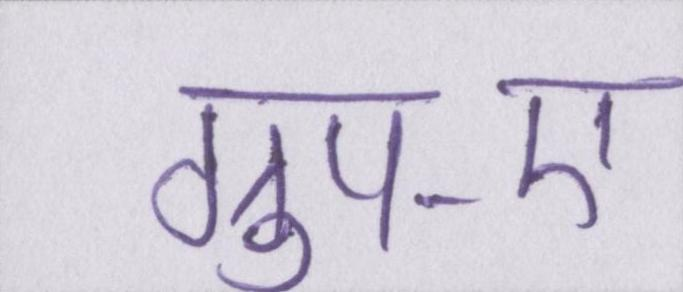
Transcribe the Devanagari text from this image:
ग्रुप-ए